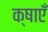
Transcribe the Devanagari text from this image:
क्षाएँ